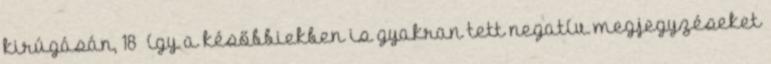
kirúgásán, 18 így a későbbiekben is gyakran tett negatív megjegyzéseket